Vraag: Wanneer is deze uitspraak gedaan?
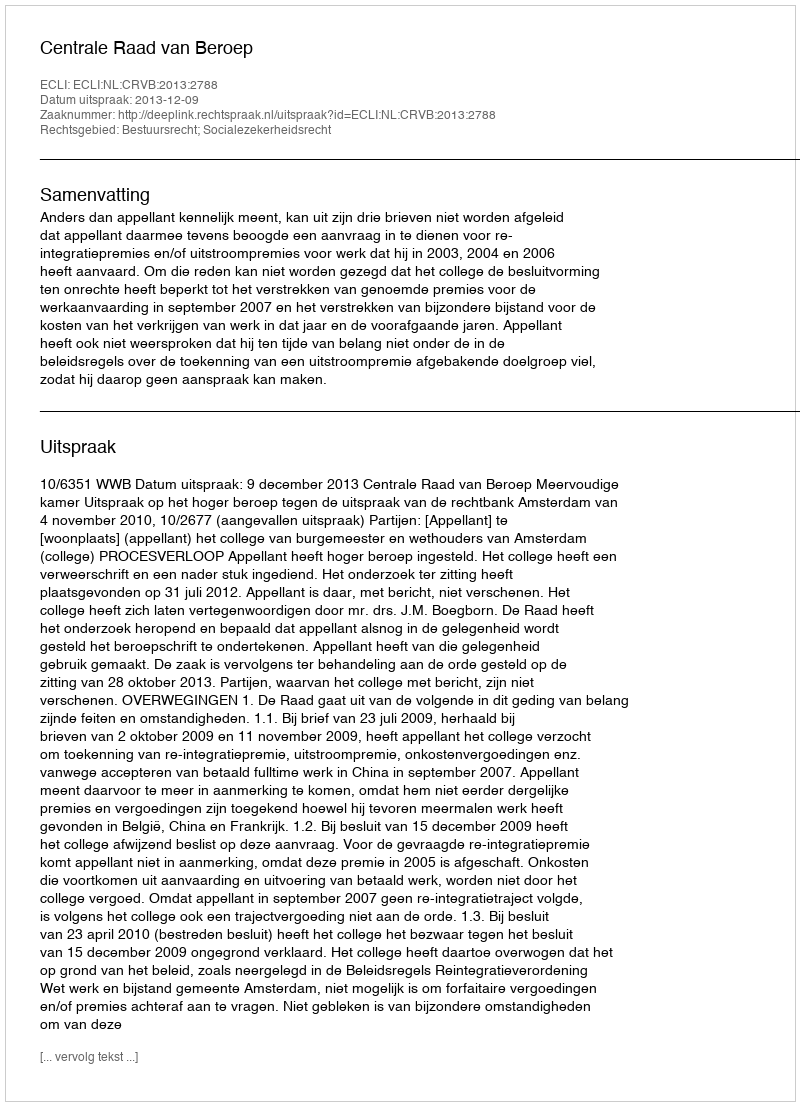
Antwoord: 2013-12-09